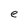
Character: e